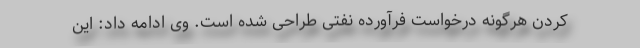
کردن هرگونه درخواست فرآورده نفتی طراحی شده است. وی ادامه داد: این